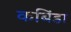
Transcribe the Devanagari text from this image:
कबिंडा